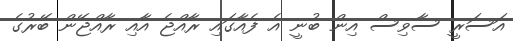
އަސަރީ ސާވިސް އިން ބުނީ އެ ފެއާގައި ރާއްޖެ އާއި ރާއްޖޭން ބޭރުގެ